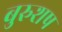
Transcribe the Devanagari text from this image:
बुरुशष